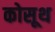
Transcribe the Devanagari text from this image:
कोसूथ